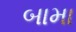
બામા